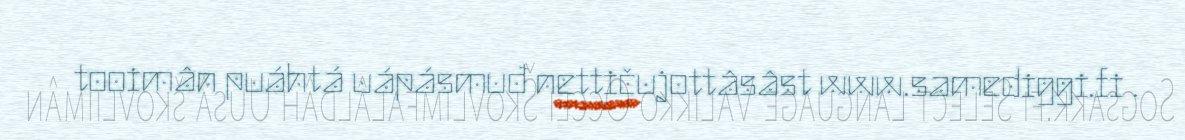
tooimân puáhtá uápásmuđ nettičujottâsâst www.samediggi.fi .